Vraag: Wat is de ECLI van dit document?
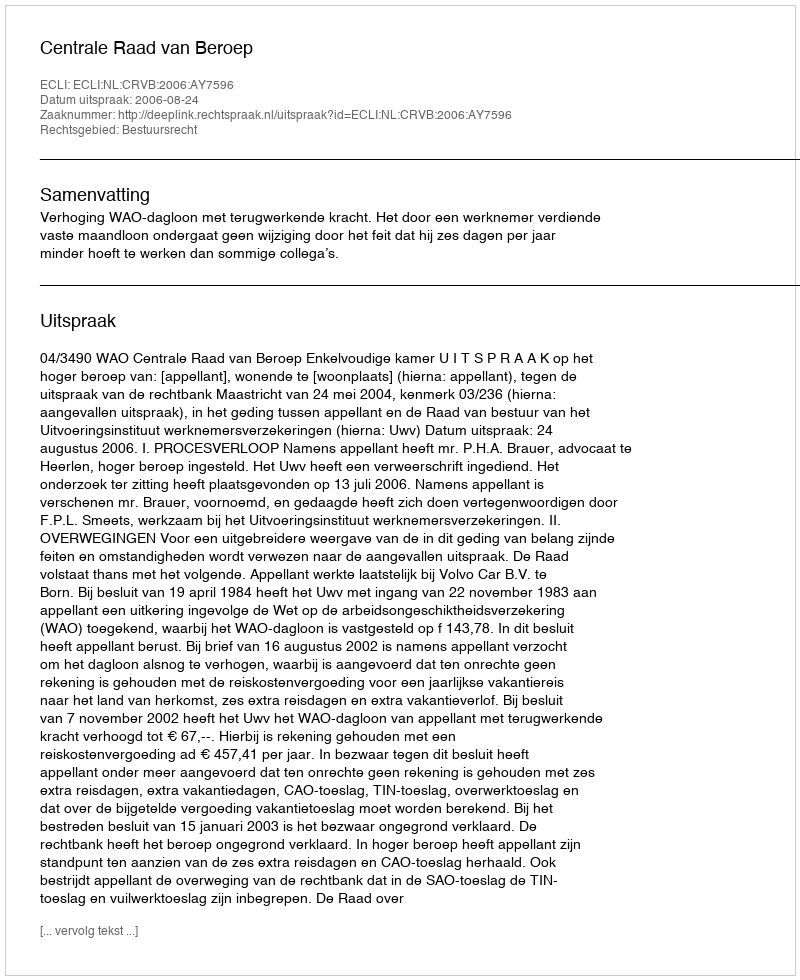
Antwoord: ECLI:NL:CRVB:2006:AY7596